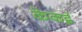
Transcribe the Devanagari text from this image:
केकई